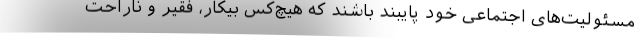
مسئولیت‌های اجتماعی خود پایبند باشند که هیچ‌کس بیکار، فقیر و ناراحت